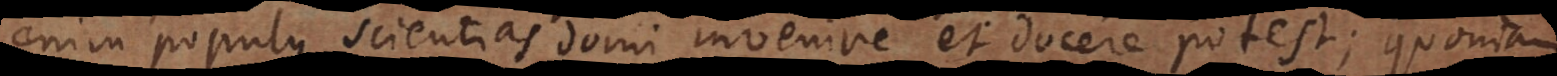
enim populus scientias domi invenire et docere potest; quoniam